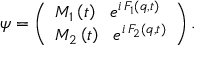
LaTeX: \psi = \left( \begin{array} { l } { { M _ { 1 } \left( t \right) \, \, \, \, e ^ { i \, F _ { 1 } \left( q , t \right) } } } \\ { { M _ { 2 } \left( t \right) \, \, \, \, e ^ { i \, F _ { 2 } \left( q , t \right) } } } \end{array} \right) . \,